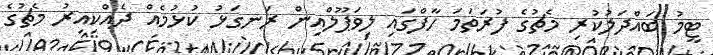
ޓީމު ބައްދަލުކުރި މެޗުގެ ފުރަތަމަ ހާފްގައި ލިވަޕޫލްއިން ރަނގަޅު ކުޅުމެއް ދެއްކިއިރު މެޗުގެ